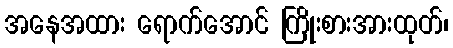
အနေအထား ရောက်အောင် ကြိုးစားအားထုတ်၊